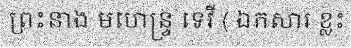
ព្រះនាង មហេន្ទ្រ ទេវី ( ឯកសារ ខ្លះ